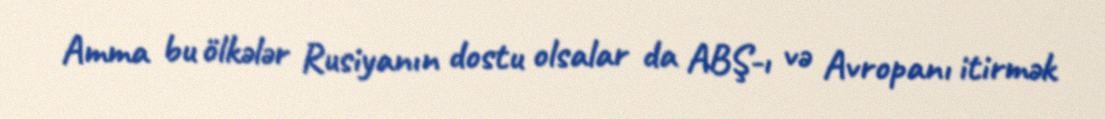
Amma bu ölkələr Rusiyanın dostu olsalar da ABŞ-ı və Avropanı itirmək